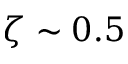
\zeta \sim 0 . 5